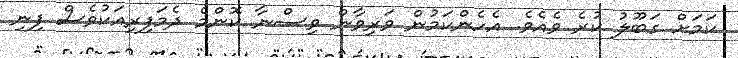
ކަމަށް ގަބޫލު ކުރެ ވެއެވެ. އެހެންކަމުން ވަރިވާން ވިސްނާ ކޮންމެ ދެމަފިރިއަކުވެސް ފިނި